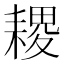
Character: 𦔎